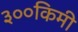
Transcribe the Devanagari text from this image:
३००किमी